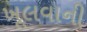
ખૂલવાની